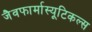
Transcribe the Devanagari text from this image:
जैवफार्मास्यूटिकल्स